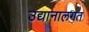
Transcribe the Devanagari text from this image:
उद्यानालगत